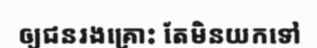
ឲ្យជនរងគ្រោះ តែមិនយកទៅ